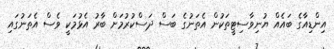
އިންޑިއާގެ ބައެއް ޔުނިވާސިޓީތަކުން އެތަނުގެ ބަސް ދަސްކުރުމަށް ބާރު އެޅުމަކީ ވެސް އެތަނުގައި